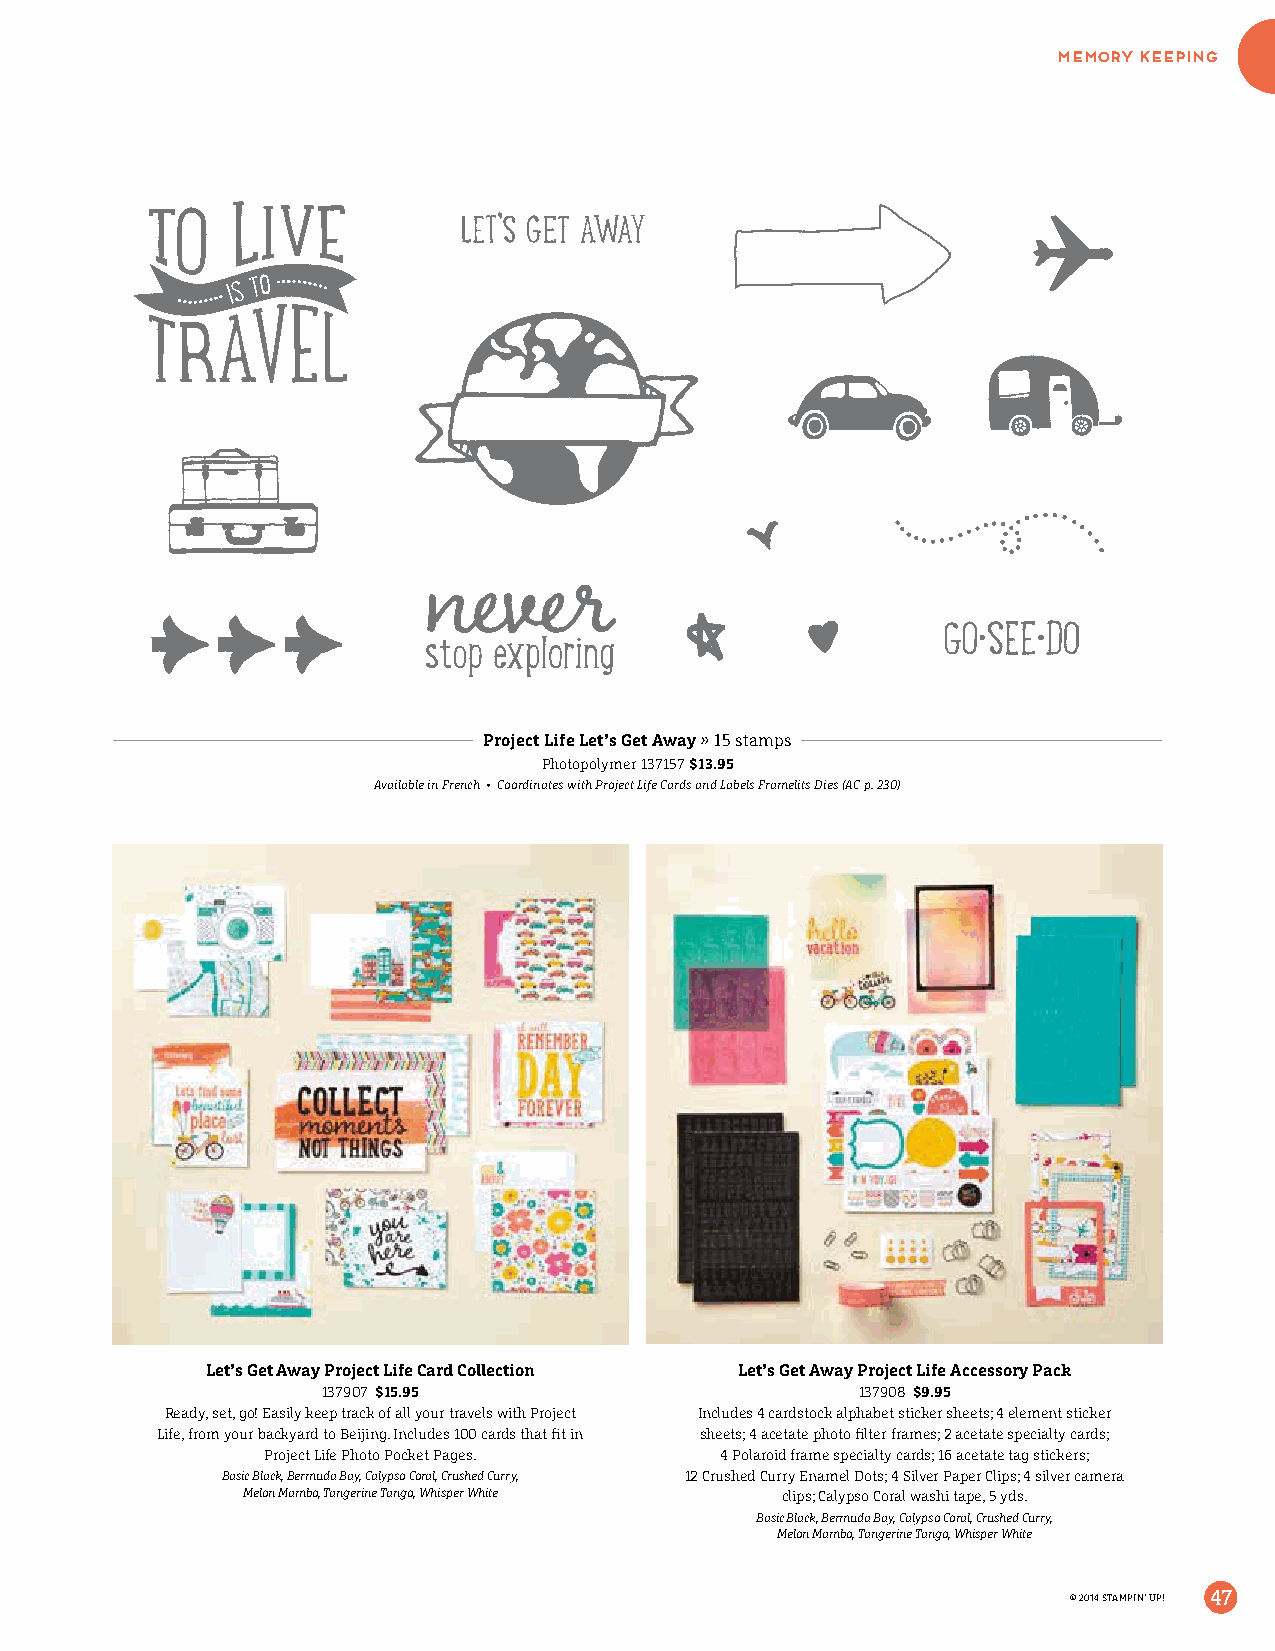
memory keeping
 Project Life Let’s Get Away » 15 stamps
 Photopolymer 137157 $13.95
 Available in French • Coordinates with Project Life Cards and Labels Framelits Dies (AC p. 230)
 Let’s Get Away Project Life Card Collection Let’s Get Away Project Life Accessory Pack
 137907 $15.95                       137908 $9.95
 Ready, set, go! Easily keep track of all your travels with Project Includes 4 cardstock alphabet sticker sheets; 4 element sticker
 Life, from your backyard to Beijing. Includes 100 cards that fit in sheets; 4 acetate photo filter frames; 2 acetate specialty cards;
 Project Life Photo Pocket Pages. 4 Polaroid frame specialty cards; 16 acetate tag stickers;
 Basic Black, Bermuda Bay, Calypso Coral, Crushed Curry, 12 Crushed Curry Enamel Dots; 4 Silver Paper Clips; 4 silver camera
 Melon Mambo, Tangerine Tango, Whisper White clips; Calypso Coral washi tape, 5 yds.
 Basic Black, Bermuda Bay, Calypso Coral, Crushed Curry,
 Melon Mambo, Tangerine Tango, Whisper White
 © 2014 STAMPIN’ UP! 47